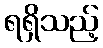
ရရှိသည့်